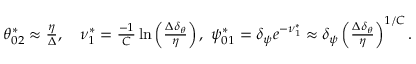
\begin{array} { r } { \theta _ { 0 2 } ^ { * } \approx \frac { \eta } { \Delta } , \ \ \ \nu _ { 1 } ^ { * } = \frac { - 1 } { C } \ln \left( \frac { \Delta \delta _ { \theta } } { \eta } \right) , \ \psi _ { 0 1 } ^ { * } = \delta _ { \psi } e ^ { - \nu _ { 1 } ^ { * } } \approx \delta _ { \psi } \left( \frac { \Delta \delta _ { \theta } } { \eta } \right) ^ { 1 / C } . } \end{array}